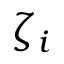
\zeta _ { i }